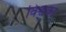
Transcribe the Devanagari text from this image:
विश्वका